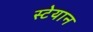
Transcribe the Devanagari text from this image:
स्टेयान